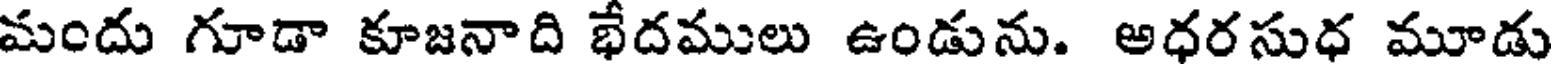
మందు గూడా కూజనాది భేదములు ఉండును. అధరసుధ మూడు